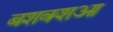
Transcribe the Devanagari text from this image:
बशक्शआ